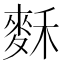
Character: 𪌗